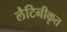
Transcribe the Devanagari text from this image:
लैटिनीकृत